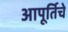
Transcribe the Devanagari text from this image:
आपूर्तिचे